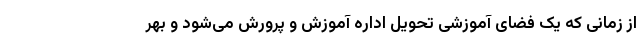
از زمانی که یک فضای آموزشی تحویل اداره آموزش و پرورش می‌شود و بهر